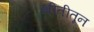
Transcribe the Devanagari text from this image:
भीतीतून